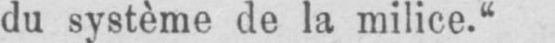
du système de la milice.“